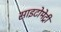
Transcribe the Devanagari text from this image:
साइटोमेट्री